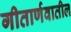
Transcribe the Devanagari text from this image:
गीतार्णवातील